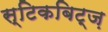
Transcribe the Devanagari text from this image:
स्टिकबिट्ज़